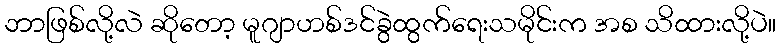
ဘာဖြစ်လို့လဲ ဆိုတော့ မူဂျာဟစ်ဒင်ခွဲထွက်ရေးသမိုင်းက အစ သိထားလို့ပဲ။